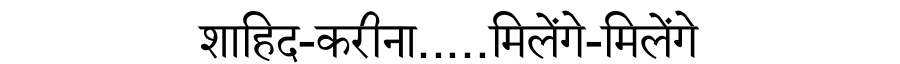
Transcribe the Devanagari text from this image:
शाहिद-करीना.....मिलेंगे-मिलेंगे